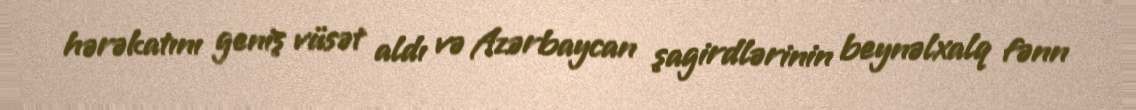
hərəkatını geniş vüsət aldı və Azərbaycan şagirdlərinin beynəlxalq fənn